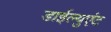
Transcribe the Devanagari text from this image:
डाईल्युएंट